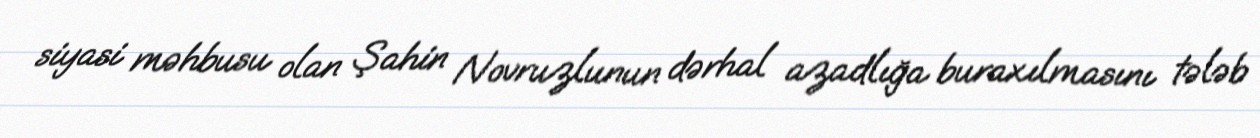
siyasi məhbusu olan Şahin Novruzlunun dərhal azadlığa buraxılmasını tələb